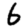
Digit: 6